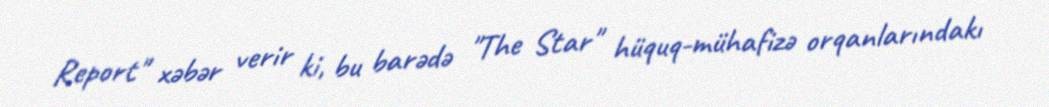
Report" xəbər verir ki, bu barədə "The Star" hüquq-mühafizə orqanlarındakı